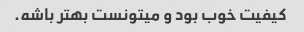
کیفیت خوب بود و میتونست بهتر باشه.